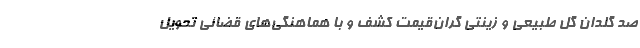
صد گلدان گل طبیعی و زینتی گران‌قیمت کشف و با هماهنگی‌های قضائی تحویل